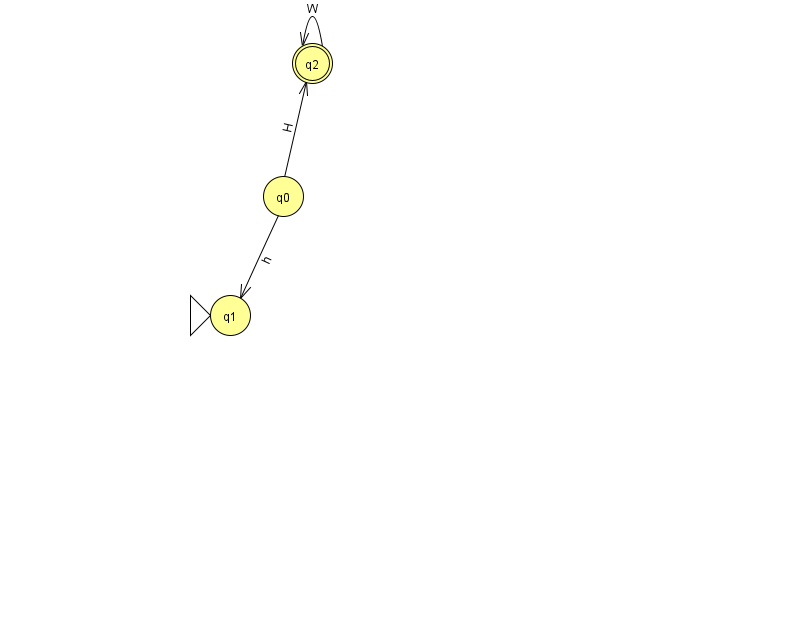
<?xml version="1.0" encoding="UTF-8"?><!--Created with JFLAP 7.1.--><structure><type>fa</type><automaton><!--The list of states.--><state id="0" name="q0"><x>283.0</x><y>183.0</y></state><state id="1" name="q1"><x>230.0</x><y>302.0</y><initial/></state><state id="2" name="q2"><x>312.0</x><y>50.0</y><final/></state><!--The list of transitions.--><transition><from>0</from><to>1</to><read>h</read></transition><transition><from>0</from><to>2</to><read>H</read></transition><transition><from>2</from><to>2</to><read>W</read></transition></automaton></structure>